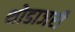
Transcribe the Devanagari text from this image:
थोडाजरी